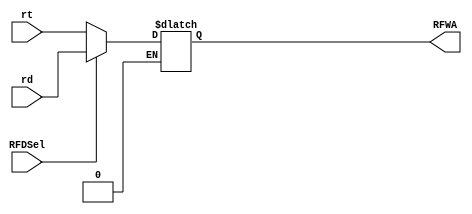
`timescale 1ns / 1ps
//////////////////////////////////////////////////////////////////////////////////
// Company: 
// Engineer: 
// 
// Design Name: 
// Module Name: RFDSelMux
// Project Name: 
// Target Devices: 
// Tool Versions: 
// Description: 
// 
// Dependencies: 
// 
// Revision:
// Revision 0.01 - File Created
// Additional Comments:
// 
//////////////////////////////////////////////////////////////////////////////////


module RFDSelMux(input RFDSel, input [4:0] rt, rd, output reg [4:0] RFWA);
always@(*)begin
if(RFDSel == 1)begin
RFWA <= rd;
end
if(RFDSel == 0)begin
RFWA <= rt;
end
end
endmodule